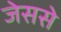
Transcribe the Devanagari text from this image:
जेससे